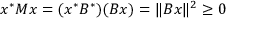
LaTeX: x ^ { * } M x = ( x ^ { * } B ^ { * } ) ( B x ) = \| B x \| ^ { 2 } \geq 0